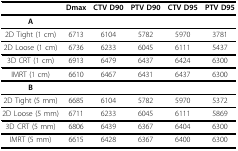
<table><thead><tr><td></td><td><b>Dmax</b></td><td><b>CTV D90</b></td><td><b>PTV D90</b></td><td><b>CTV D95</b></td><td><b>PTV D95</b></td></tr></thead><tbody><tr><td><b>A</b></td><td></td><td></td><td></td><td></td><td></td></tr><tr><td>2D Tight (1 cm)</td><td>6713</td><td>6104</td><td>5782</td><td>5970</td><td>3781</td></tr><tr><td>2D Loose (1 cm)</td><td>6736</td><td>6233</td><td>6045</td><td>6111</td><td>5437</td></tr><tr><td>3D CRT (1 cm)</td><td>6913</td><td>6479</td><td>6437</td><td>6424</td><td>6300</td></tr><tr><td>IMRT (1 cm)</td><td>6610</td><td>6467</td><td>6431</td><td>6437</td><td>6300</td></tr><tr><td><b>B</b></td><td></td><td></td><td></td><td></td><td></td></tr><tr><td>2D Tight (5 mm)</td><td>6685</td><td>6104</td><td>5782</td><td>5970</td><td>5372</td></tr><tr><td>2D Loose (5 mm)</td><td>6711</td><td>6233</td><td>6045</td><td>6111</td><td>5869</td></tr><tr><td>3D CRT (5 mm)</td><td>6806</td><td>6439</td><td>6367</td><td>6404</td><td>6300</td></tr><tr><td>IMRT (5 mm)</td><td>6615</td><td>6428</td><td>6367</td><td>6400</td><td>6300</td></tr></tbody></table>